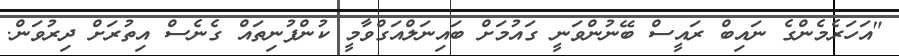
"އަހަރެމެންގެ ނައިބް ރައީސް ބޭނުންވަނީ ގައުމަށް ބައިނަލްއަގްވާމީ ކުންފުނިތައް ގެނެސް އިތުރަށް ދިރުވަން.